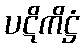
ပဋိကိဋ္ဌံ